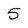
Character: 5